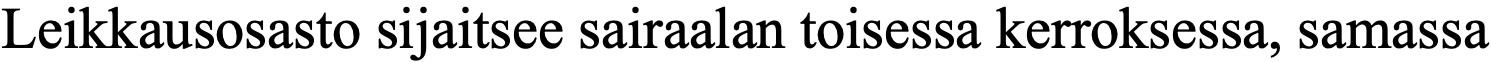
Leikkausosasto sijaitsee sairaalan toisessa kerroksessa, samassa